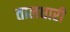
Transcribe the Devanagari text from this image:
तालधारी